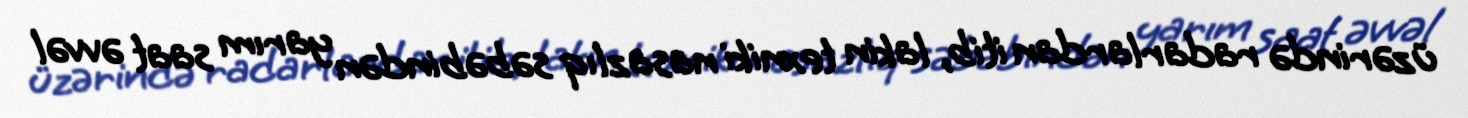
üzərində radarlardan itib, lakin texniki nasazlıq səbəbindən yarım saat əvvəl